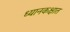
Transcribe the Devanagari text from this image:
ध्यानकक्षात